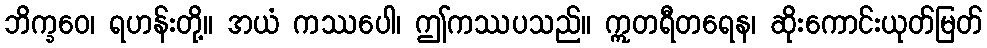
ဘိက္ခဝေ၊ ရဟန်းတို့။ အယံ ကဿပေါ၊ ဤကဿပသည်။ ဣတရီတရေန၊ ဆိုးကောင်းယုတ်မြတ်